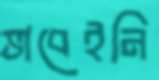
ভাবেইনি